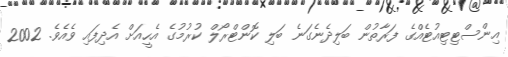
އިންސްޓިޓިއުޓެއްގެ ފަރާތުން ބަލިދެނެގަނެ ބަލި ކޮންޓްރޯލް ކުރުމުގެ އެހީއަށް އެދިފައި ވެއެވެ. 2002